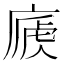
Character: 𢊐